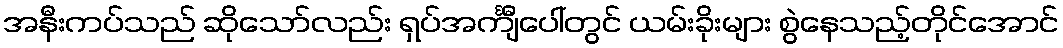
အနီးကပ်သည် ဆိုသော်လည်း ရှပ်အင်္ကျီပေါ်တွင် ယမ်းခိုးများ စွဲနေသည့်တိုင်အောင်